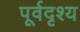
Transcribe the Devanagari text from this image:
पूर्वदृश्य